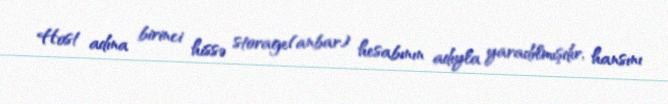
Host adına birinci hissə storage(anbar) hesabının adıyla yaradılmışdır, hansını